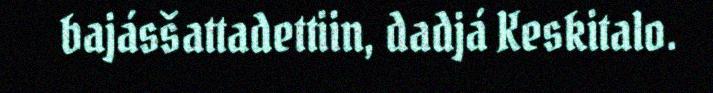
bajásšattadettiin, dadjá Keskitalo.